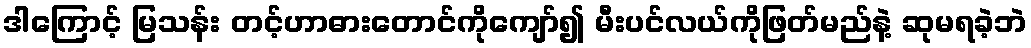
ဒါကြောင့် မြသန်း တင့်ဟာဓားတောင်ကိုကျော်၍ မီးပင်လယ်ကိုဖြတ်မည်နဲ့ ဆုမရခဲ့ဘဲ